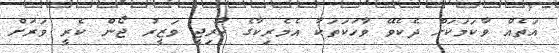
އަތެއް ވާކަމަކަށް ދެކެވޭ ވާހަކަތަކާ އެމެރިކާގެ ޚާރިޖީ ވަޒީރު ޖޯން ކެރީ ވަރަށް